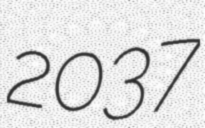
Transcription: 2037